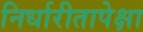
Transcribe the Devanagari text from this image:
निर्धारीतापेक्षा